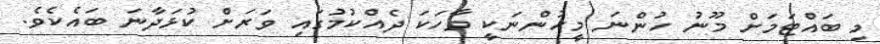
މި ބައްޓަމަށް މޫނު ހުންނަ މީހުންނަކީ ވާހަކަ ދެއްކުމުގައި ވަރަށް ކުޅަދާނަ ބައެކެވެ.